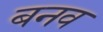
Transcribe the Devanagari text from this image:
बनव